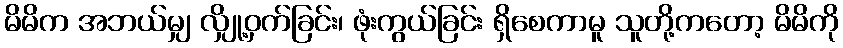
မိမိက အဘယ်မျှ လျှို့ဝှက်ခြင်း၊ ဖုံးကွယ်ခြင်း ရှိစေကာမူ သူတို့ကတော့ မိမိကို